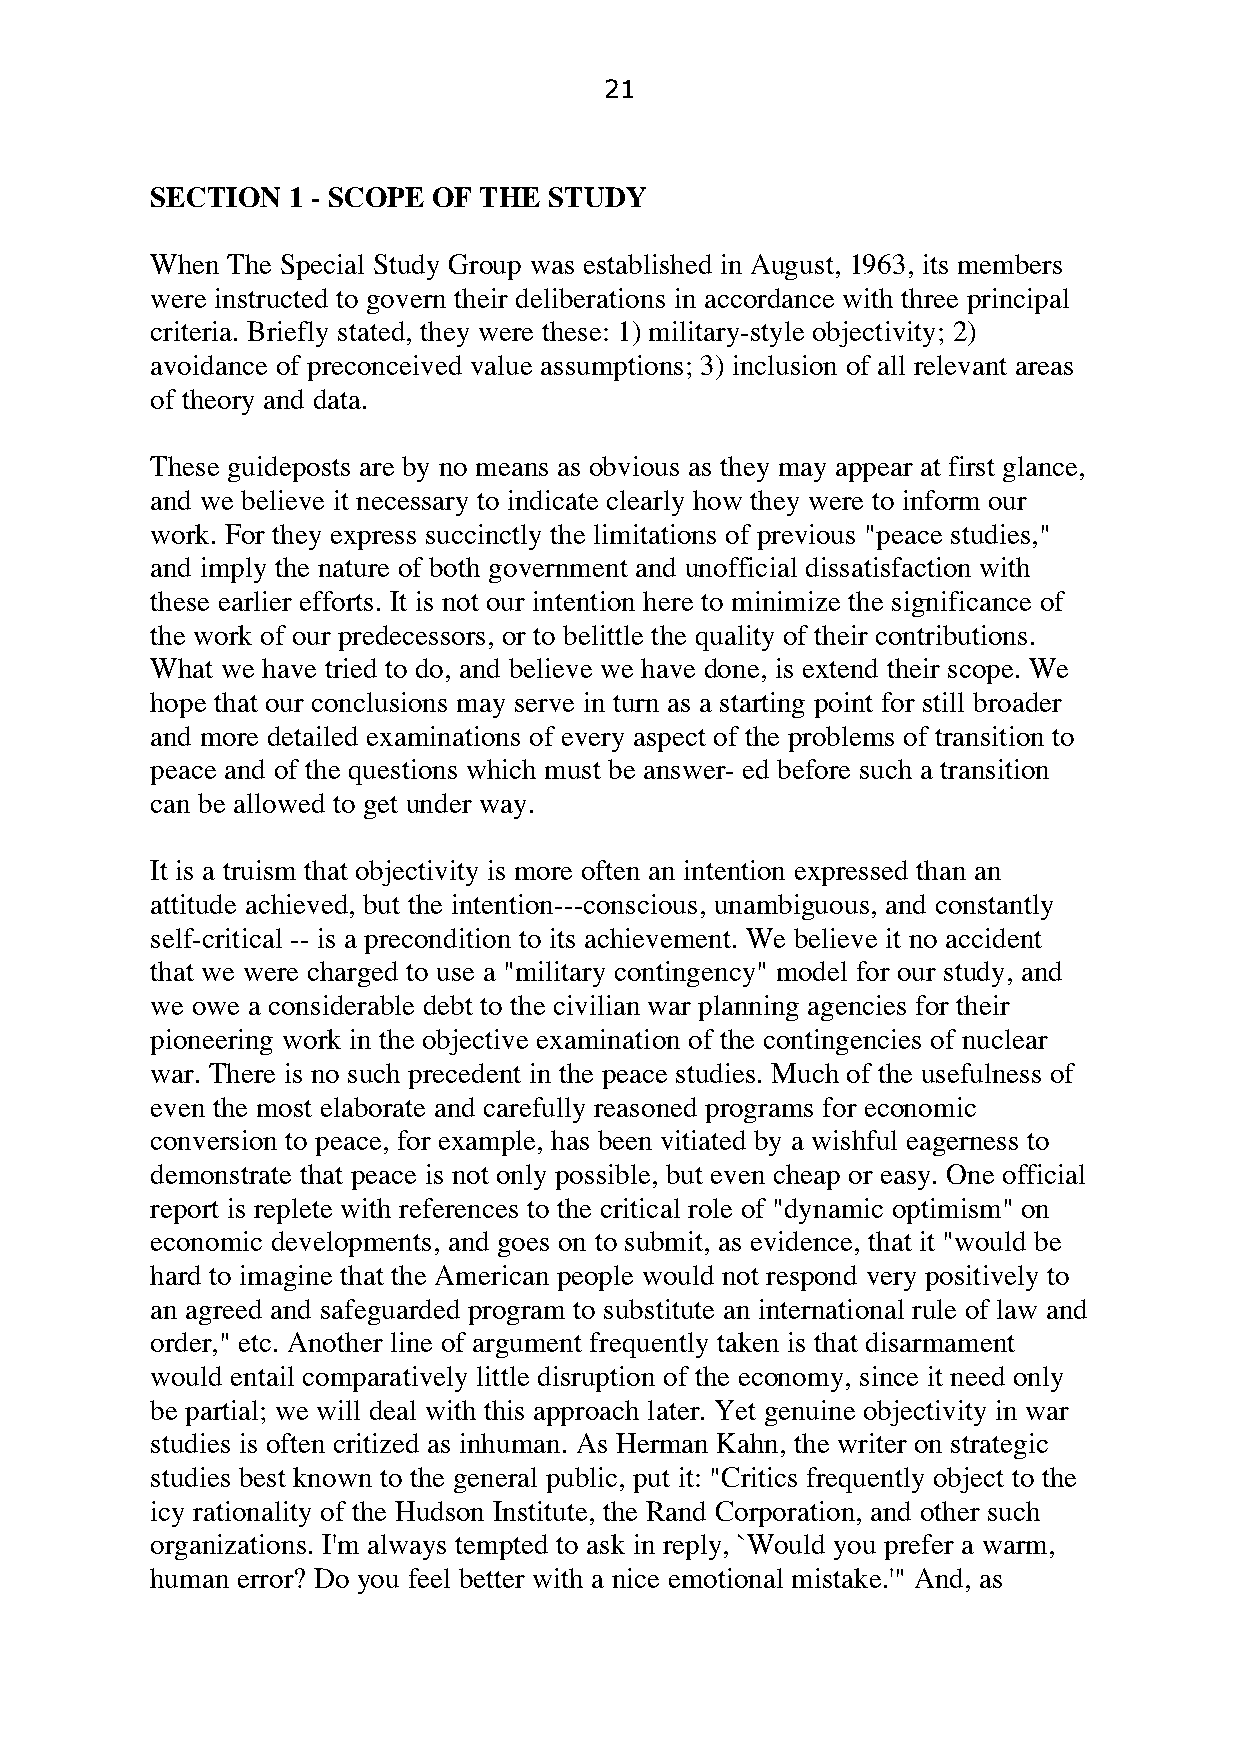
21
 SECTION  1 - SCOPE OF THE STUDY
 When The Special Study Group was established in August, 1963, its members
 were instructed to govern their deliberations in accordance with three principal
 criteria. Briefly stated, they were these: 1) military-style objectivity; 2)
 avoidance of preconceived value assumptions; 3) inclusion of all relevant areas
 of theory and data.
 These guideposts are by no means as obvious as they may appear at first glance,
 and we believe it necessary to indicate clearly how they were to inform our
 work. For they express succinctly the limitations of previous "peace studies,"
 and imply the nature of both government and unofficial dissatisfaction with
 these earlier efforts. It is not our intention here to minimize the significance of
 the work of our predecessors, or to belittle the quality of their contributions.
 What we have tried to do, and believe we have done, is extend their scope. We
 hope that our conclusions may serve in turn as a starting point for still broader
 and more detailed examinations of every aspect of the problems of transition to
 peace and of the questions which must be answer- ed before such a transition
 can be allowed to get under way.
 It is a truism that objectivity is more often an intention expressed than an
 attitude achieved, but the intention---conscious, unambiguous, and constantly
 self-critical -- is a precondition to its achievement. We believe it no accident
 that we were charged to use a "military contingency" model for our study, and
 we owe a considerable debt to the civilian war planning agencies for their
 pioneering work in the objective examination of the contingencies of nuclear
 war. There is no such precedent in the peace studies. Much of the usefulness of
 even the most elaborate and carefully reasoned programs for economic
 conversion to peace, for example, has been vitiated by a wishful eagerness to
 demonstrate that peace is not only possible, but even cheap or easy. One official
 report is replete with references to the critical role of "dynamic optimism" on
 economic developments, and goes on to submit, as evidence, that it "would be
 hard to imagine that the American people would not respond very positively to
 an agreed and safeguarded program to substitute an international rule of law and
 order," etc. Another line of argument frequently taken is that disarmament
 would entail comparatively little disruption of the economy, since it need only
 be partial; we will deal with this approach later. Yet genuine objectivity in war
 studies is often critized as inhuman. As Herman Kahn, the writer on strategic
 studies best known to the general public, put it: "Critics frequently object to the
 icy rationality of the Hudson Institute, the Rand Corporation, and other such
 organizations. I'm always tempted to ask in reply, `Would you prefer a warm,
 human error? Do you feel better with a nice emotional mistake.'" And, as